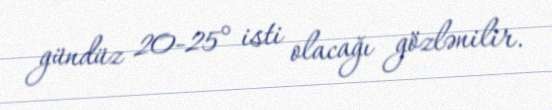
gündüz 20-25° isti olacağı gözlənilir.